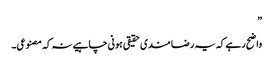
”
واضح رہے کہ یہ رضا مندی حقیقی ہونی چاہیے نہ کہ مصنوعی۔